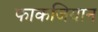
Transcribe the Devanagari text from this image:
फाकजियान